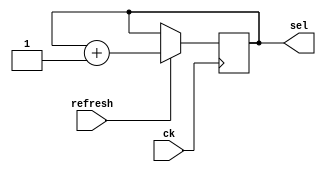
`timescale 1ns/1ps

module cnt_8(
    input ck,
    input refresh,
    output reg [2:0] sel
);

    reg [2:0] sel_next;

    // sel transition
    always @(posedge ck) begin
        sel <= sel_next;
    end

    // new sel logic
    always @(sel, refresh) begin
        if (refresh) sel_next = sel + 1;
        else sel_next = sel;
    end

endmodule